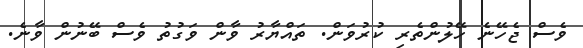
ވެސް ޖެހޭނެ ހޭލުންތެރި ކުރުވަން. ތައްޔާރު ވާން ވަގުތު ވެސް ބޭނުން ވާނެ.